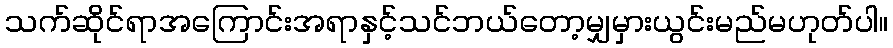
သက်ဆိုင်ရာအကြောင်းအရာနှင့်သင်ဘယ်တော့မျှမှားယွင်းမည်မဟုတ်ပါ။